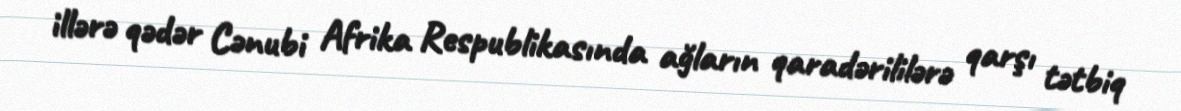
illərə qədər Cənubi Afrika Respublikasında ağların qaradərililərə qarşı tətbiq